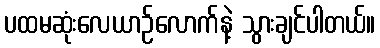
ပထမဆုံးလေယာဉ်လောက်နဲ့ သွားချင်ပါတယ်။